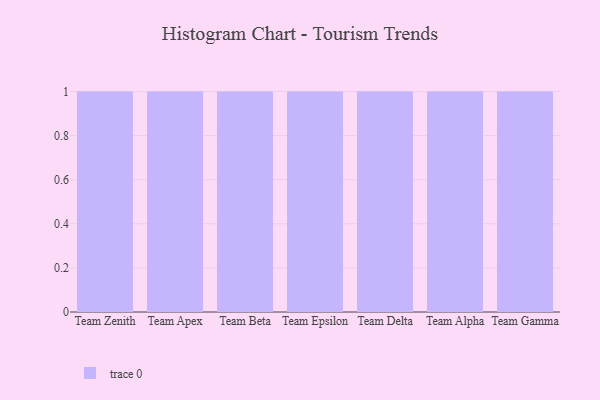
{"axis": {"x": "Team", "y": "Headcount"}, "legend": [""], "data": [{"x": "Team Zenith", "y": 32, "type": ""}, {"x": "Team Apex", "y": 41, "type": ""}, {"x": "Team Beta", "y": 68, "type": ""}, {"x": "Team Epsilon", "y": 98, "type": ""}, {"x": "Team Delta", "y": 25, "type": ""}, {"x": "Team Alpha", "y": 85, "type": ""}, {"x": "Team Gamma", "y": 97, "type": ""}]}